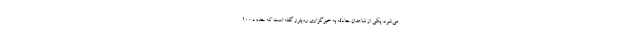
می‌شود. یکی از شاهدان حادثه به خبرگزاری رویترز گفته است که حدود ۱۰۰